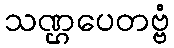
သဏ္ဌပေတဗ္ဗံ